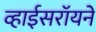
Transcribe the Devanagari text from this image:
व्हाईसरॉयने